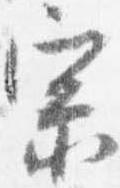
宗